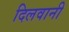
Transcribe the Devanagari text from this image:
दिलवानी